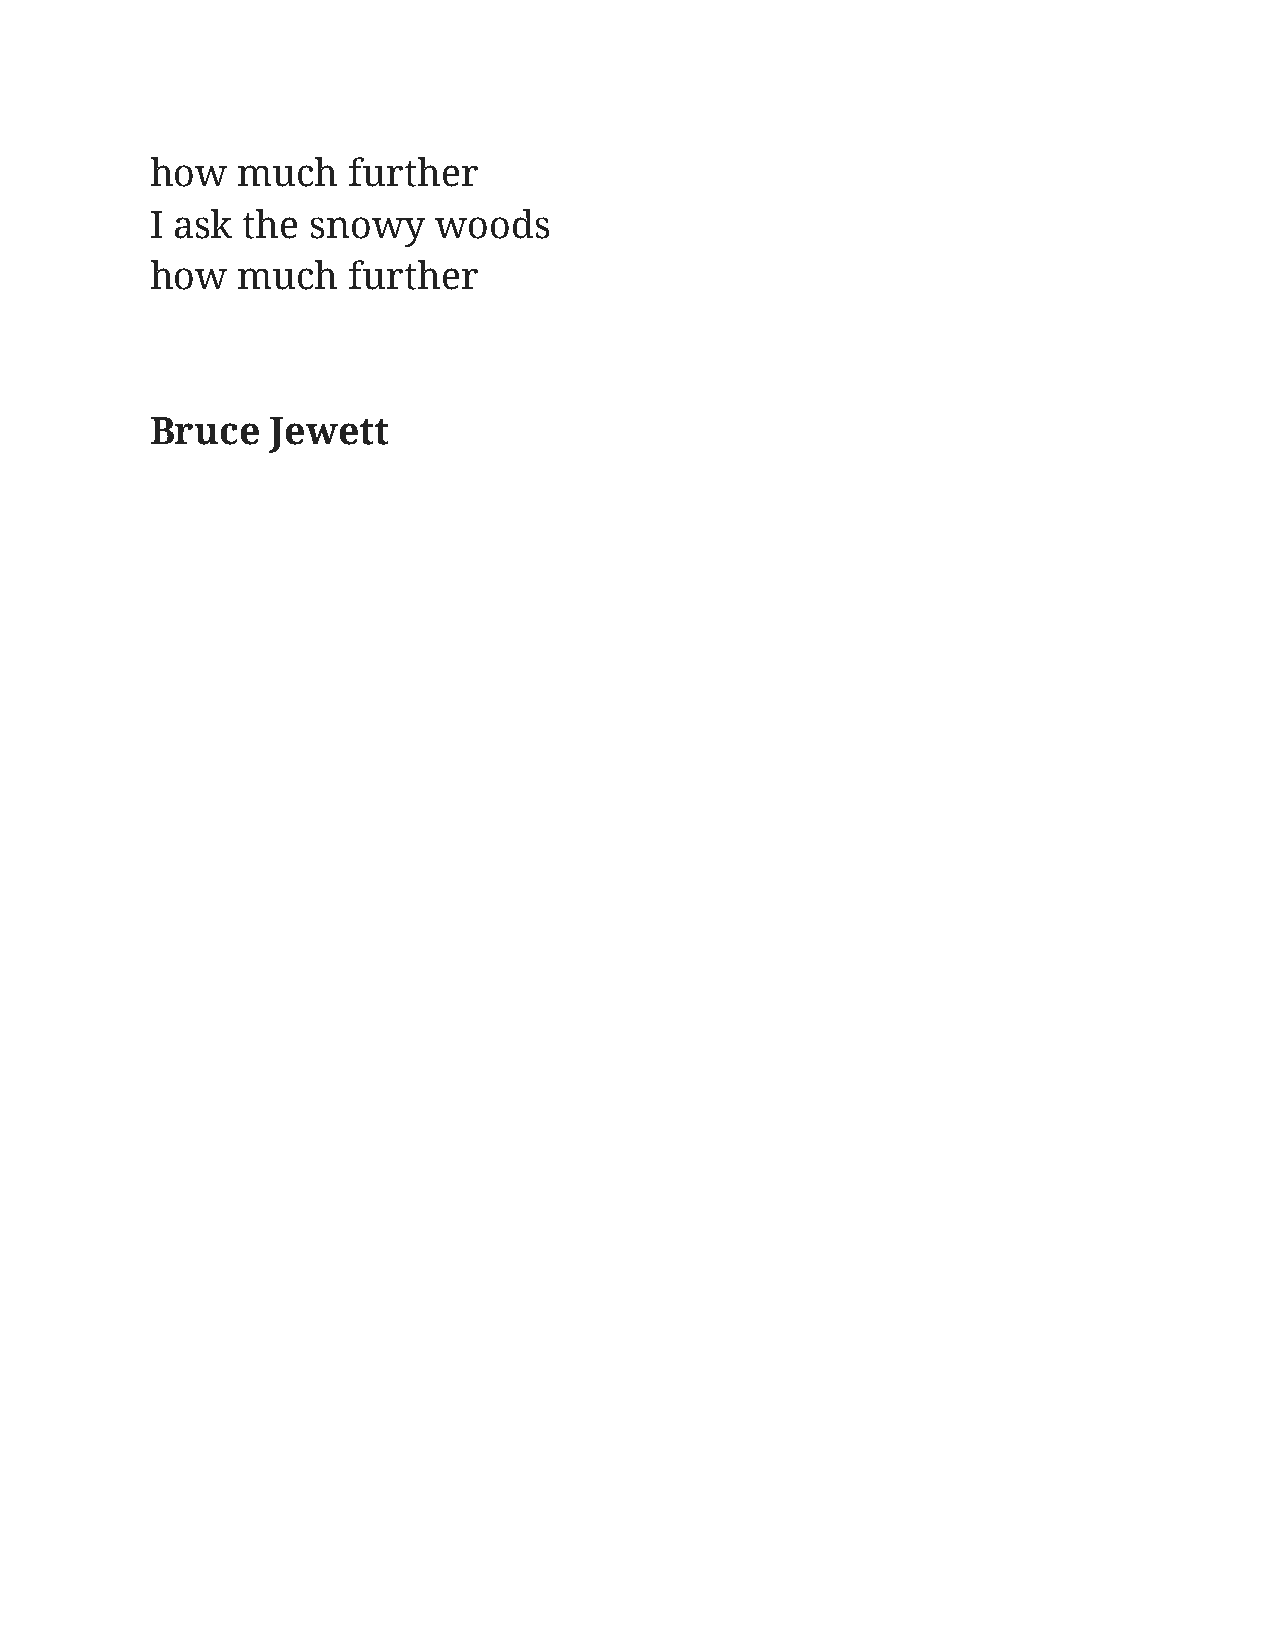
how   much   further
 I ask the  snowy   woods
 how   much   further
 Bruce   Jewett